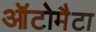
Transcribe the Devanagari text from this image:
ऑटोमैटा